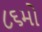
૮૬મો